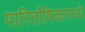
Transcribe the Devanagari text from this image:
पारितोषिकामध्ये